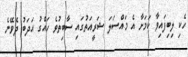
ހެކި ލިބިފައިވާ ކަމަށާ އެ މައްސަލަ ޝަރީއަތުގައި ސާބިތުވެ ހައްގު އަދަބު ދެވޭނެ